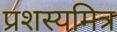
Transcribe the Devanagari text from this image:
प्रशस्यमित्र